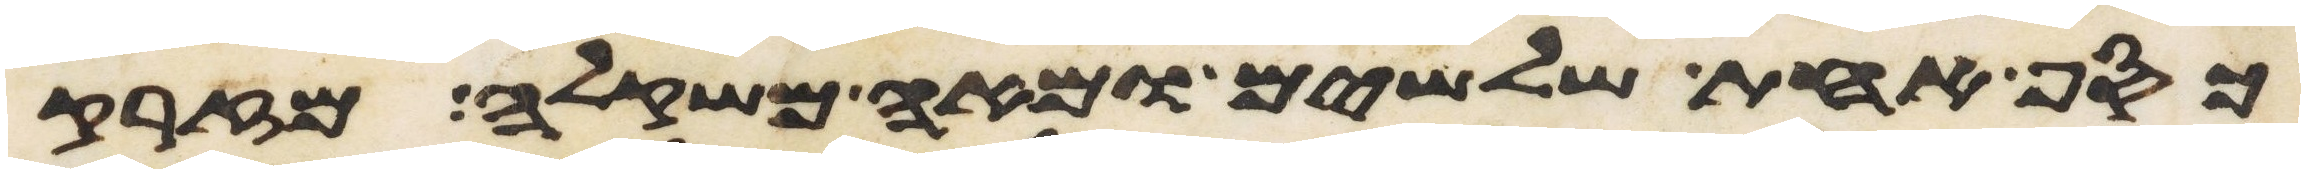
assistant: כסף אחת שלשים ומאה משקלה מזרק